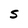
Character: S